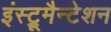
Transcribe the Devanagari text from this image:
इंस्ट्रूमैन्टेशन